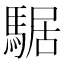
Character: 𩤅